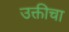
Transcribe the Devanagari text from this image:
उक्तीचा